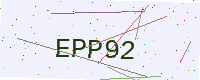
Text: EPP92